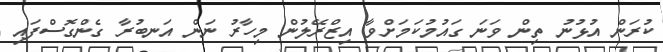
ކުރަން އުޅުނު ތިން ވަނަ ގައުމުކަމަށްވާ އިޒްރޭލުން މިހާރު ނަން އަނބުރާ ގެންގޮސްފައި